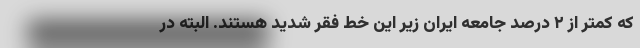
که کمتر از ۲ درصد جامعه ایران زیر این خط فقر شدید هستند. البته در